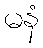
မနံ